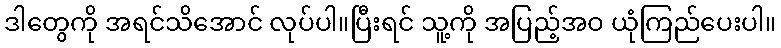
ဒါတွေကို အရင်သိအောင် လုပ်ပါ။ပြီးရင် သူ့ကို အပြည့်အဝ ယုံကြည်ပေးပါ။